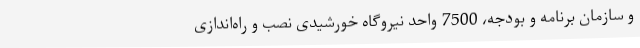
و سازمان برنامه و بودجه، 7500 واحد نیروگاه خورشیدی نصب و راه‌اندازی